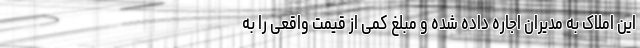
این املاک به مدیران اجاره داده شده و مبلغ کمی از قیمت واقعی را به